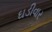
ઘડીવાર